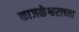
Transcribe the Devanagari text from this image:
काजळेश्वराच्या